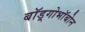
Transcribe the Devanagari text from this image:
बाॅड़्गोभाॅबोन